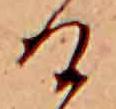
け